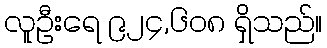
လူဦးရေ ၉၂၄,၆၀၈ ရှိသည်။